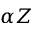
\alpha Z